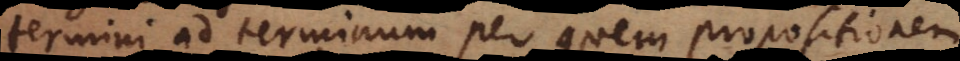
termini ad terminum per quem propositionem